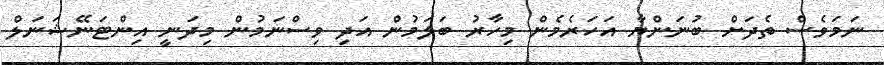
ނަމަވެސް ތެދަށް ބުނަންޔާ އަހަރެމެން މިހާރު ބަލަމުން އަދި ވިސްނަމުން މިދަނީ އިންޓަނޭޝަނަލް